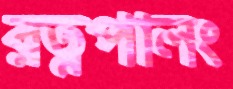
রত্নপালং